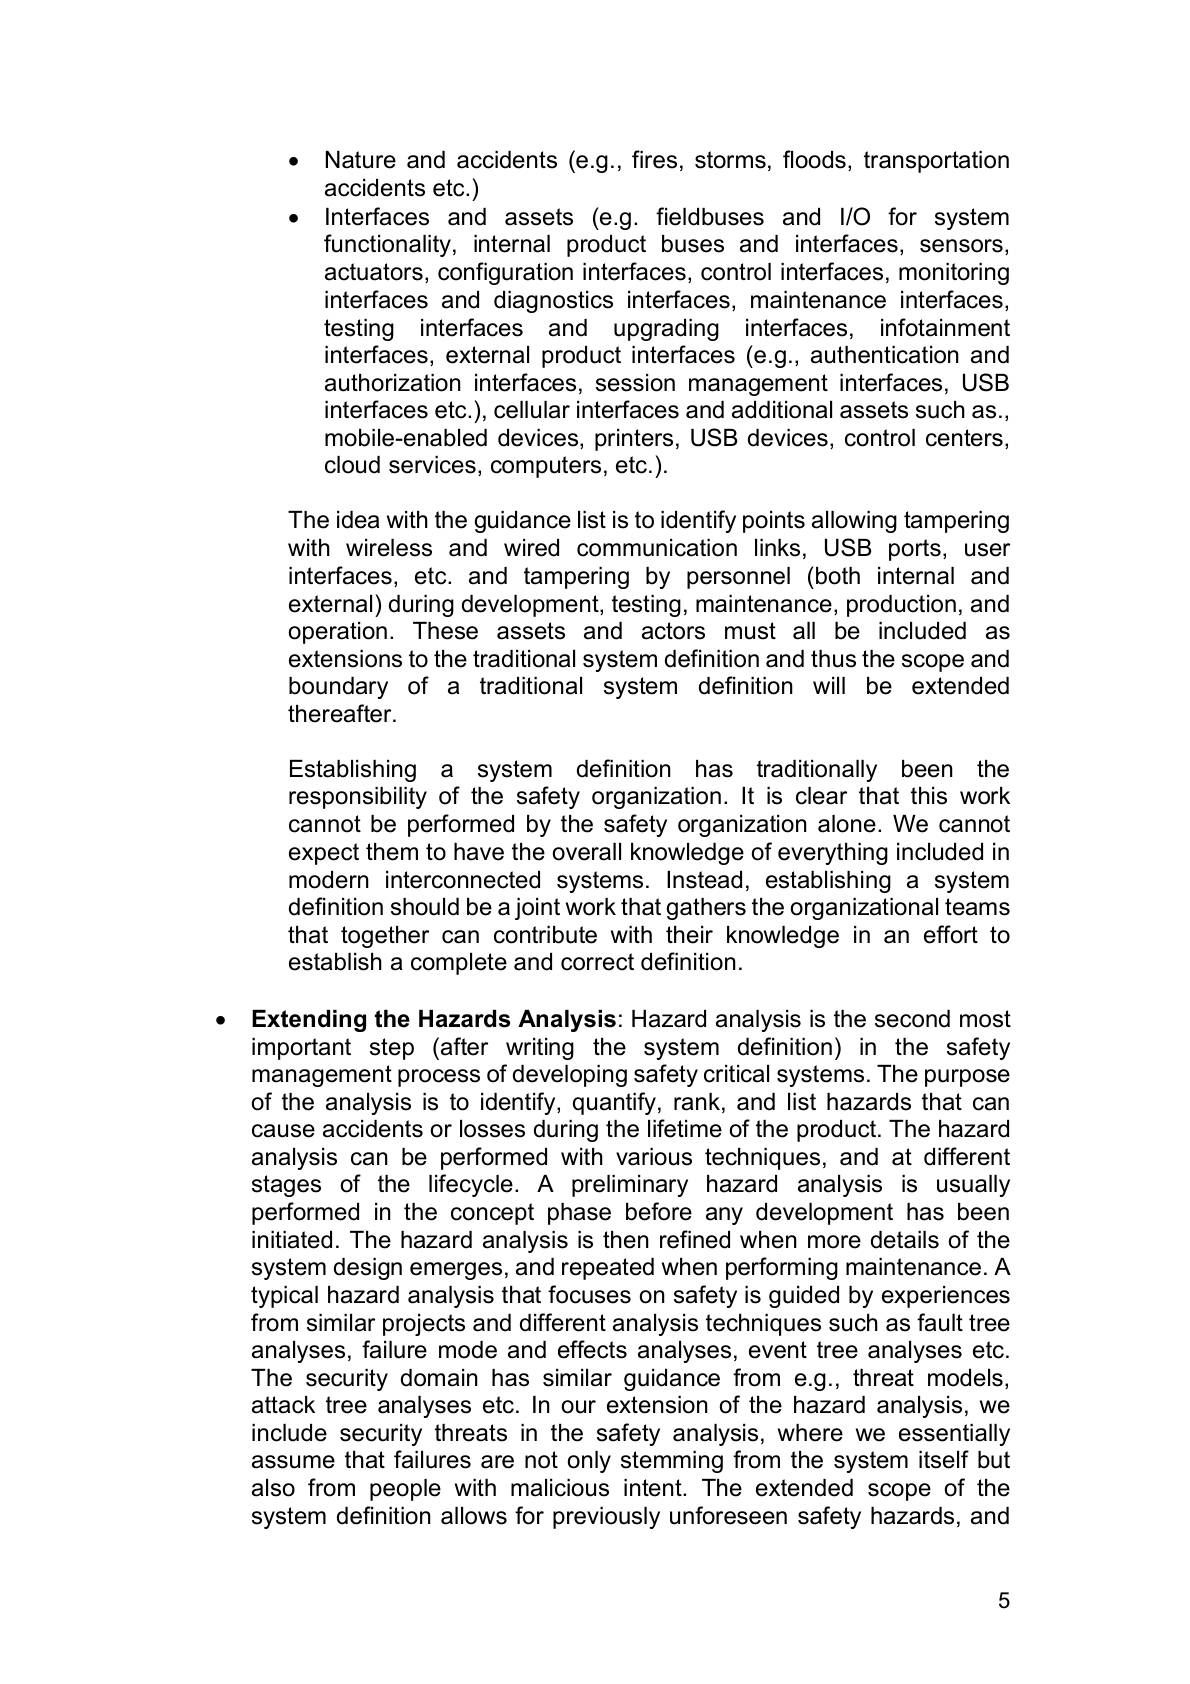
$\bullet$ Nature and accidents (e.g., fires, storms, floods, transportation
accidents etc.)
Interfaces and assets (e.g. fieldbuses and I/O for system functionality, internal product buses and interfaces, sensors, actuators, configuration interfaces, control interfaces, monitoring interfaces and diagnostics interfaces, maintenance interfaces, testing interfaces and upgrading interfaces, infotainment interfaces, external product interfaces (e.g., authentication and authorization interfaces, session management interfaces, USB interfaces etc.), cellular interfaces and additional assets such as., mobile-enabled devices, printers, USB devices, control centers, cloud services, computers, etc.).

The idea with the guidance list is to identify points allowing tampering with wireless and wired communication links, USB ports, user interfaces, etc. and tampering by personnel (both internal and external) during development, testing, maintenance, production, and operation. These assets and actors must all be included as extensions to the traditional system definition and thus the scope and boundary of a traditional system definition will be extended thereafter.

Establishing a system definition has traditionally been the responsibility of the safety organization.It is clear that this work cannot be performed by the safety organization alone. We cannot expect them to have the overall knowledge of everything included in modern interconnected systems. Instead, establishing a system definition should be a joint work that gathers the organizational teams that together can contribute with their knowledge in an effort to establish a complete and correct definition.

Extending the Hazards Analysis: Hazard analysis is the second most
important step (after writing the system definition) in the safety management process of developing safety critical systems. The purpose of the analysis is to identify, quantify, rank, and list hazards that can cause accidents or losses during the lifetime of the product. The hazard analysis can be performed with various techniques, and at different stages of the lifecycle. A preliminary hazard analysis is usually performed in the concept phase before any development has been initiated. The hazard analysis is then refined when more details of the system design emerges, and repeated when performing maintenance. A typical hazard analysis that focuses on safety is guided by experiences from similar projects and different analysis techniques such as fault tree analyses, failure mode and effects analyses, event tree analyses etc. The security domain has similar guidance from e.g., threat models attack tree analyses etc. In our extension of the hazard analysis, we include security threats in the safety analysis, where we essentially assume that failures are not only stemming from the system itself but also from people with malicious intent. The extended scope of the system definition allows for previously unforeseen safety hazards, and

5